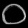
Digit: ၀